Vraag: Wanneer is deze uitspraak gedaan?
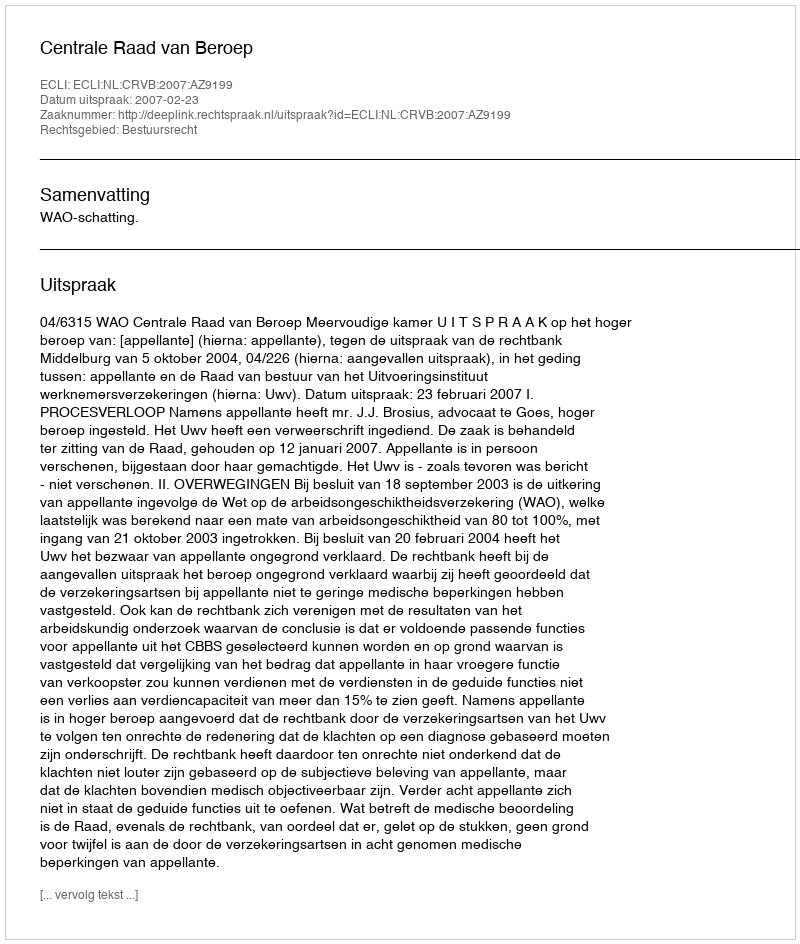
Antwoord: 2007-02-23